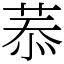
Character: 菾